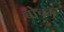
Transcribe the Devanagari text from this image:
बोचम